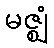
မဇ္ဈံ